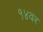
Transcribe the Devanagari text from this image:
१४वर